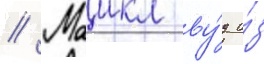
// Маикл ву́д и́з